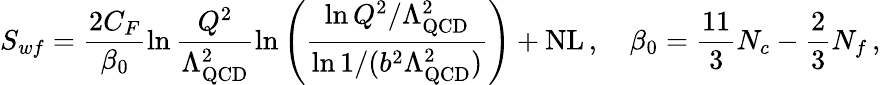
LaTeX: S_{wf}=\frac{2C_{F}}{\beta_{0}}\ln\frac{Q^{2}}{\Lambda_{\mathrm{QCD}}^{2}}\ln\left(\frac{\ln Q^{2}/\Lambda_{\mathrm{QCD}}^{2}}{\ln 1/(b^{2}\Lambda_{\mathrm{QCD}}^{2})}\right)+\mathrm{NL}\, ,\ \ \ \ \beta_{0}=\frac{11}{3}N_{c}-\frac{2}{3}N_{f}\, ,